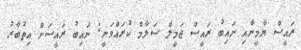
ރައީސް ޔާމީނާއި ނައިބު ރައީސް ޖަމީލް ސަލާމް ކުރައްވަނީ: ނައިބު ރައީސަށް އިތުބާރު